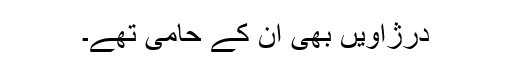
درژاویں بھی ان کے حامی تھے۔